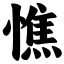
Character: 憔